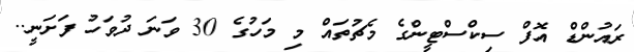
ރައުންޑް އޮފް ސިކްސްޓީންގެ މެޗުތައް މި މަހުގެ 30 ވަނަ ދުވަހު ފަށަނީ..